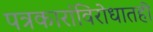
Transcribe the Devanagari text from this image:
पत्रकारांविरोधातही